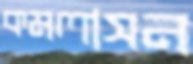
কমলাসন